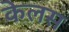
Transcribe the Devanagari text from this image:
केलस